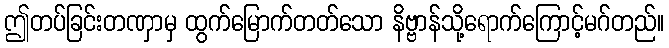
ဤတပ်ခြင်းတဏှာမှ ထွက်မြောက်တတ်သော နိဗ္ဗာန်သို့ရောက်ကြောင့်မဂ်တည်။